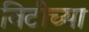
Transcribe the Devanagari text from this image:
विटीच्या